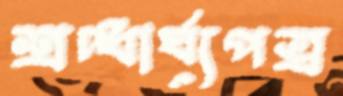
শ্রদ্ধার্ঘ্যপত্র